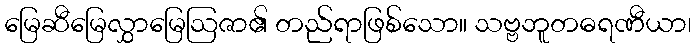
မြေဆီမြေလွှာမြေဩဇာ၏ တည်ရာဖြစ်သော။ သဗ္ဗဘူတဓရဏီယာ၊